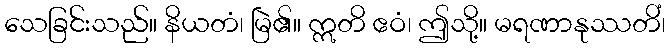
သေခြင်းသည်။ နိယတံ၊ မြဲ၏။ ဣတိ ဧဝံ၊ ဤသို့။ မရဏာနုဿတိံ၊